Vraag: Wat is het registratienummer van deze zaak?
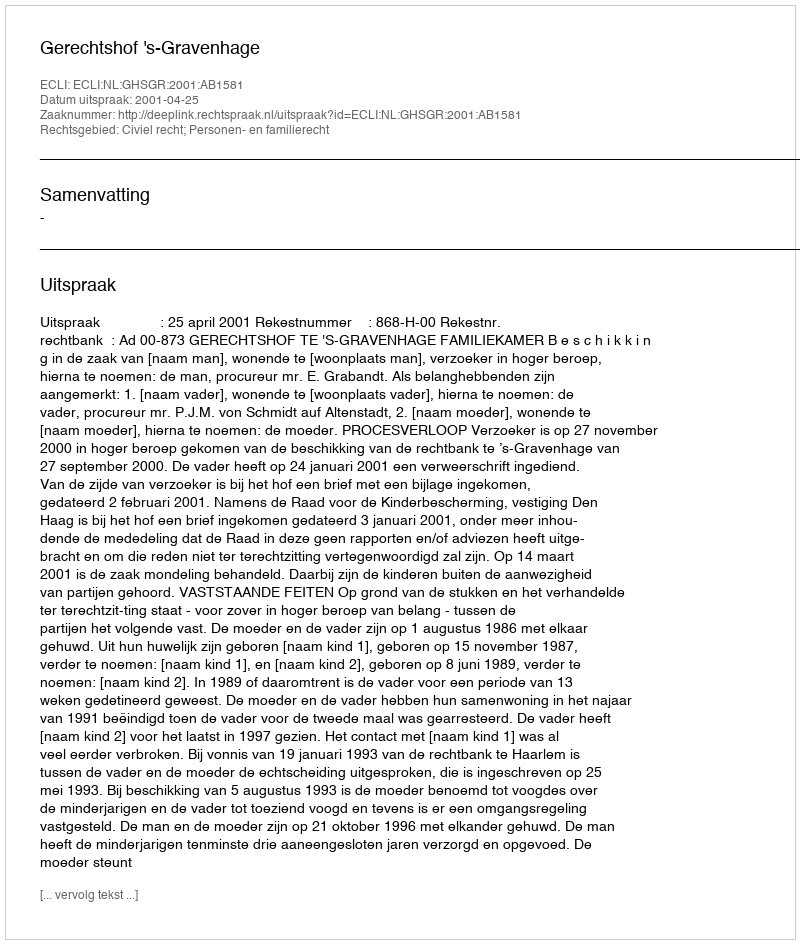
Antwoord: http://deeplink.rechtspraak.nl/uitspraak?id=ECLI:NL:GHSGR:2001:AB1581